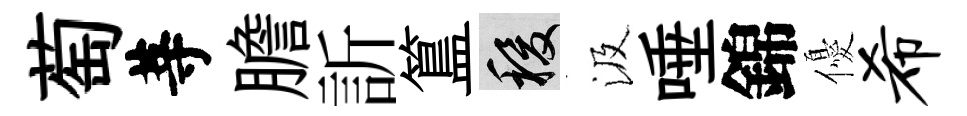
萄䓁膽訢簋稷汲唾錦優希